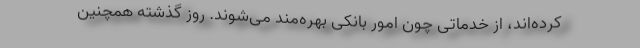
کرده‌اند، از خدماتی چون امور بانکی بهره‌مند می‌شوند. روز گذشته همچنین